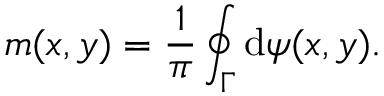
m ( x , y ) = \frac { 1 } { \pi } \oint _ { \Gamma } \mathrm { d } \psi ( x , y ) .